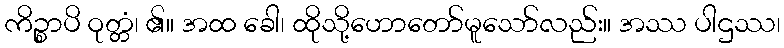
ကိဉ္စာပိ ဝုတ္တံ၊ ၏။ အထ ခေါ၊ ထိုသို့ဟောတော်မူသော်လည်း။ အဿ ပါဌဿ၊